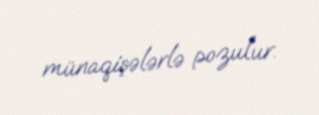
münaqişələrlə pozulur.